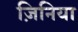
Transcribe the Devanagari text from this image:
ज़िनिया